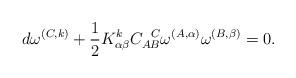
LaTeX: \begin{align*}d\omega^{(C,k)}+\frac{1}{2}K_{\alpha\beta}^{k}C_{AB}^{\text{\ \ }C}\omega^{(A,\alpha)}\omega^{(B,\beta)}=0. \end{align*}